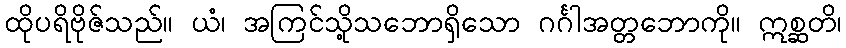
ထိုပရိဗိုဇ်သည်။ ယံ၊ အကြင်သို့သဘောရှိသော ဂင်္ဂါအတ္တဘောကို။ ဣစ္ဆတိ၊